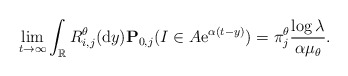
\begin{align*}\lim_{t\to\infty}\int_{\mathbb{R}}R^{\theta}_{i,j}({\rm d}y)\mathbf{P}_{0,j}(I \in A{\rm e}^{\alpha(t-y)}) = \pi^\theta_j\frac{\log \lambda}{\alpha\mu_\theta}.\end{align*}